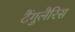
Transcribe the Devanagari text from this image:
टैंगुलैरिस